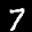
Label: 7